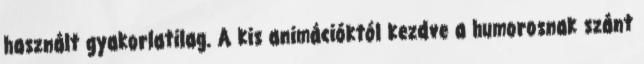
használt gyakorlatilag. A kis animációktól kezdve a humorosnak szánt